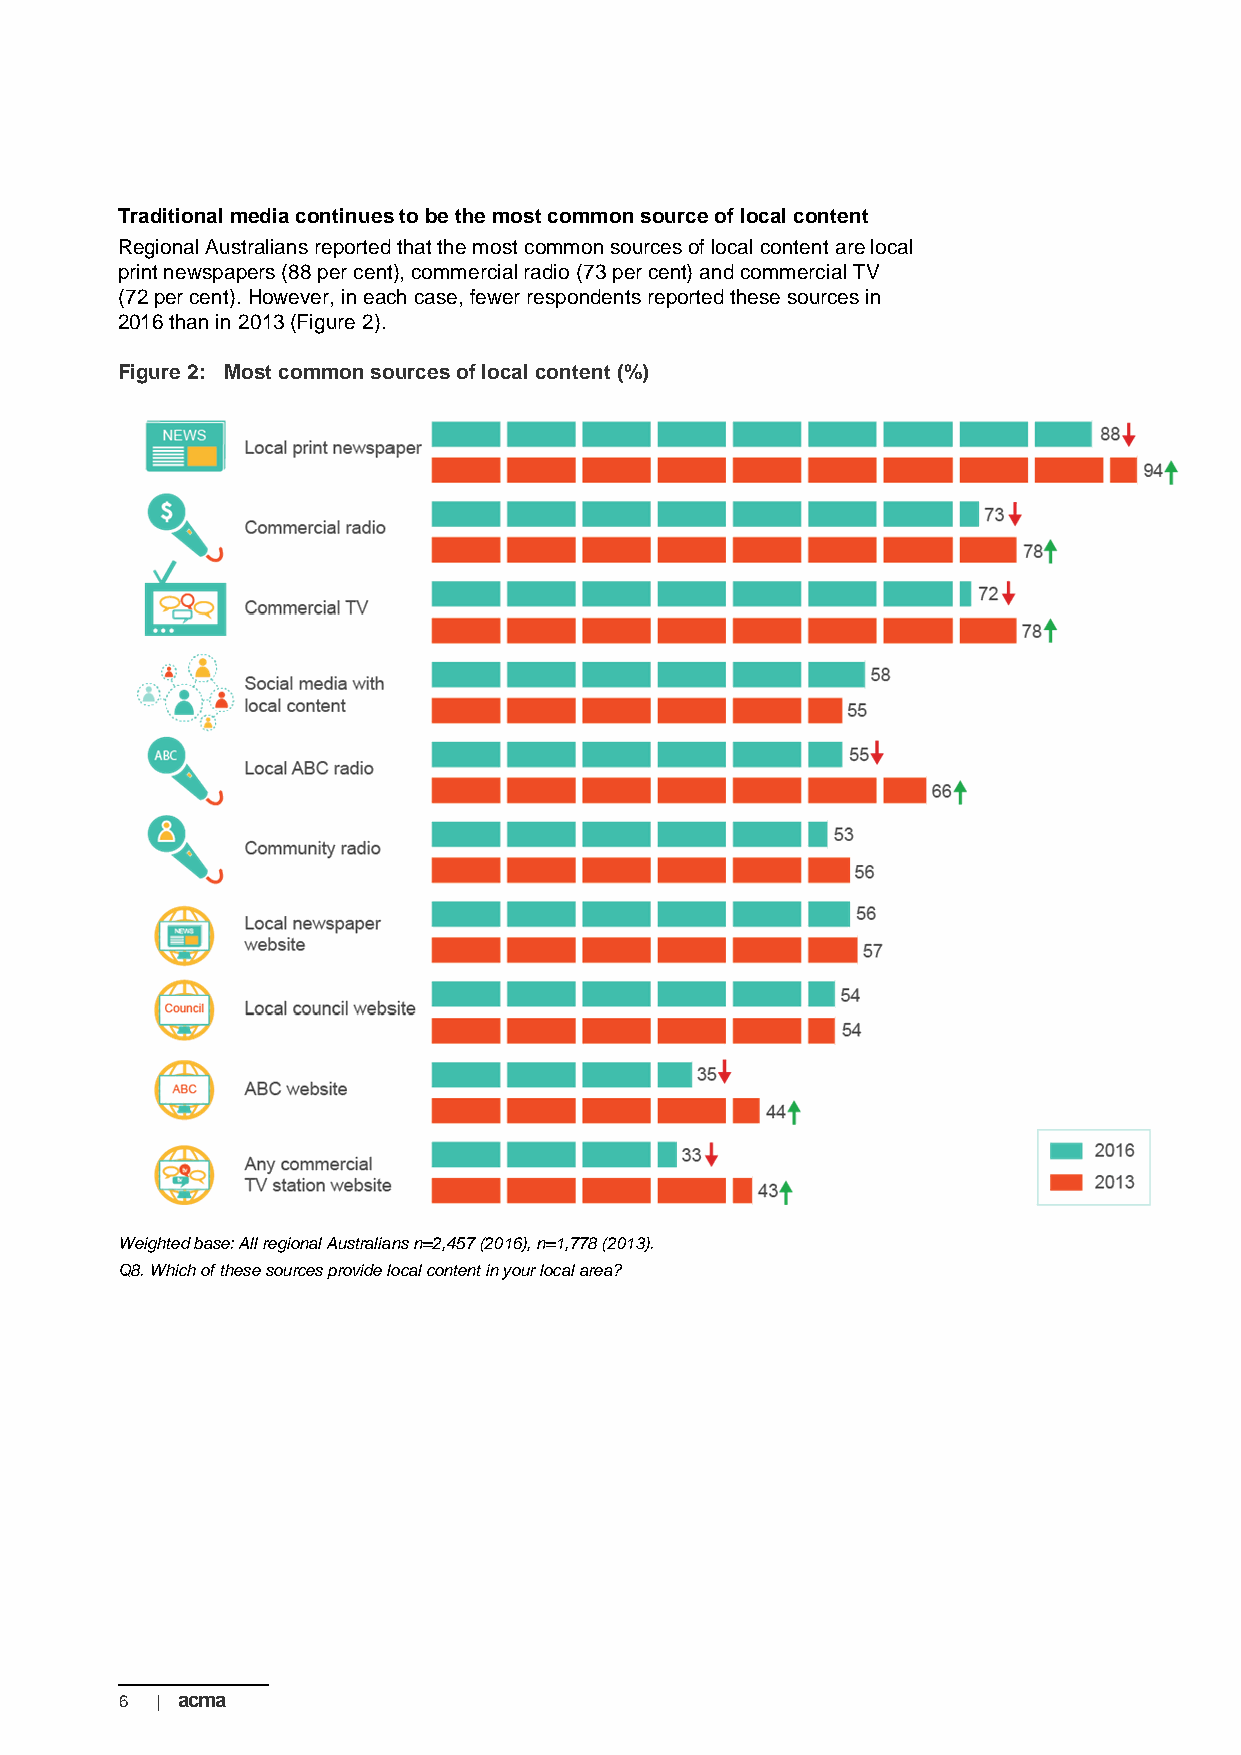
Traditional media continues to be the most common source of local content
 Regional Australians reported that the most common sources of local content are local
 print newspapers (88 per cent), commercial radio (73 per cent) and commercial TV
 (72 per cent). However, in each case, fewer respondents reported these sources in
 2016 than in 2013 (Figure 2).
 Figure 2: Most common sources of local content (%)
 Weighted base: All regional Australians n=2,457 (2016), n=1,778 (2013).
 Q8. Which of these sources provide local content in your local area?
 6 | acma